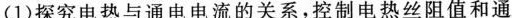
(1)探究电热与通电电流的关系，控制电热丝阻值和通